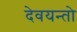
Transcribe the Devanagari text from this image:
देवयन्तो